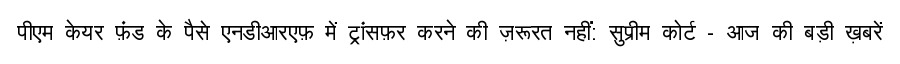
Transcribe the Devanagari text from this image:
पीएम केयर फ़ंड के पैसे एनडीआरएफ़ में ट्रांसफ़र करने की ज़रूरत नहीं: सुप्रीम कोर्ट - आज की बड़ी ख़बरें